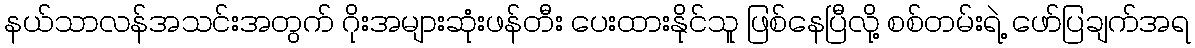
နယ်သာလန်အသင်းအတွက် ဂိုးအများဆုံးဖန်တီး ပေးထားနိုင်သူ ဖြစ်နေပြီလို့ စစ်တမ်းရဲ့ ဖော်ပြချက်အရ